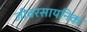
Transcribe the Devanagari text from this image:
जीवरसायनिक